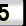
Digit: 5